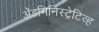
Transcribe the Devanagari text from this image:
अॅडमिनिस्ट्रेटिव्ह